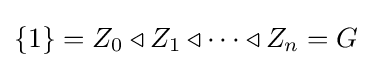
\{1\}=Z_{0}\triangleleft Z_{1}\triangleleft \dots \triangleleft Z_{n}=G